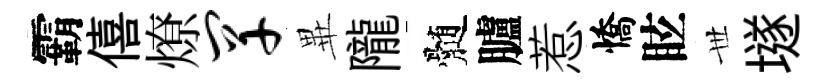
霸僖燎罕𭺾隴髄臚惹憍眩𠀍𡑞